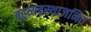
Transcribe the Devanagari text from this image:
बहुव्यवस्थाजनित